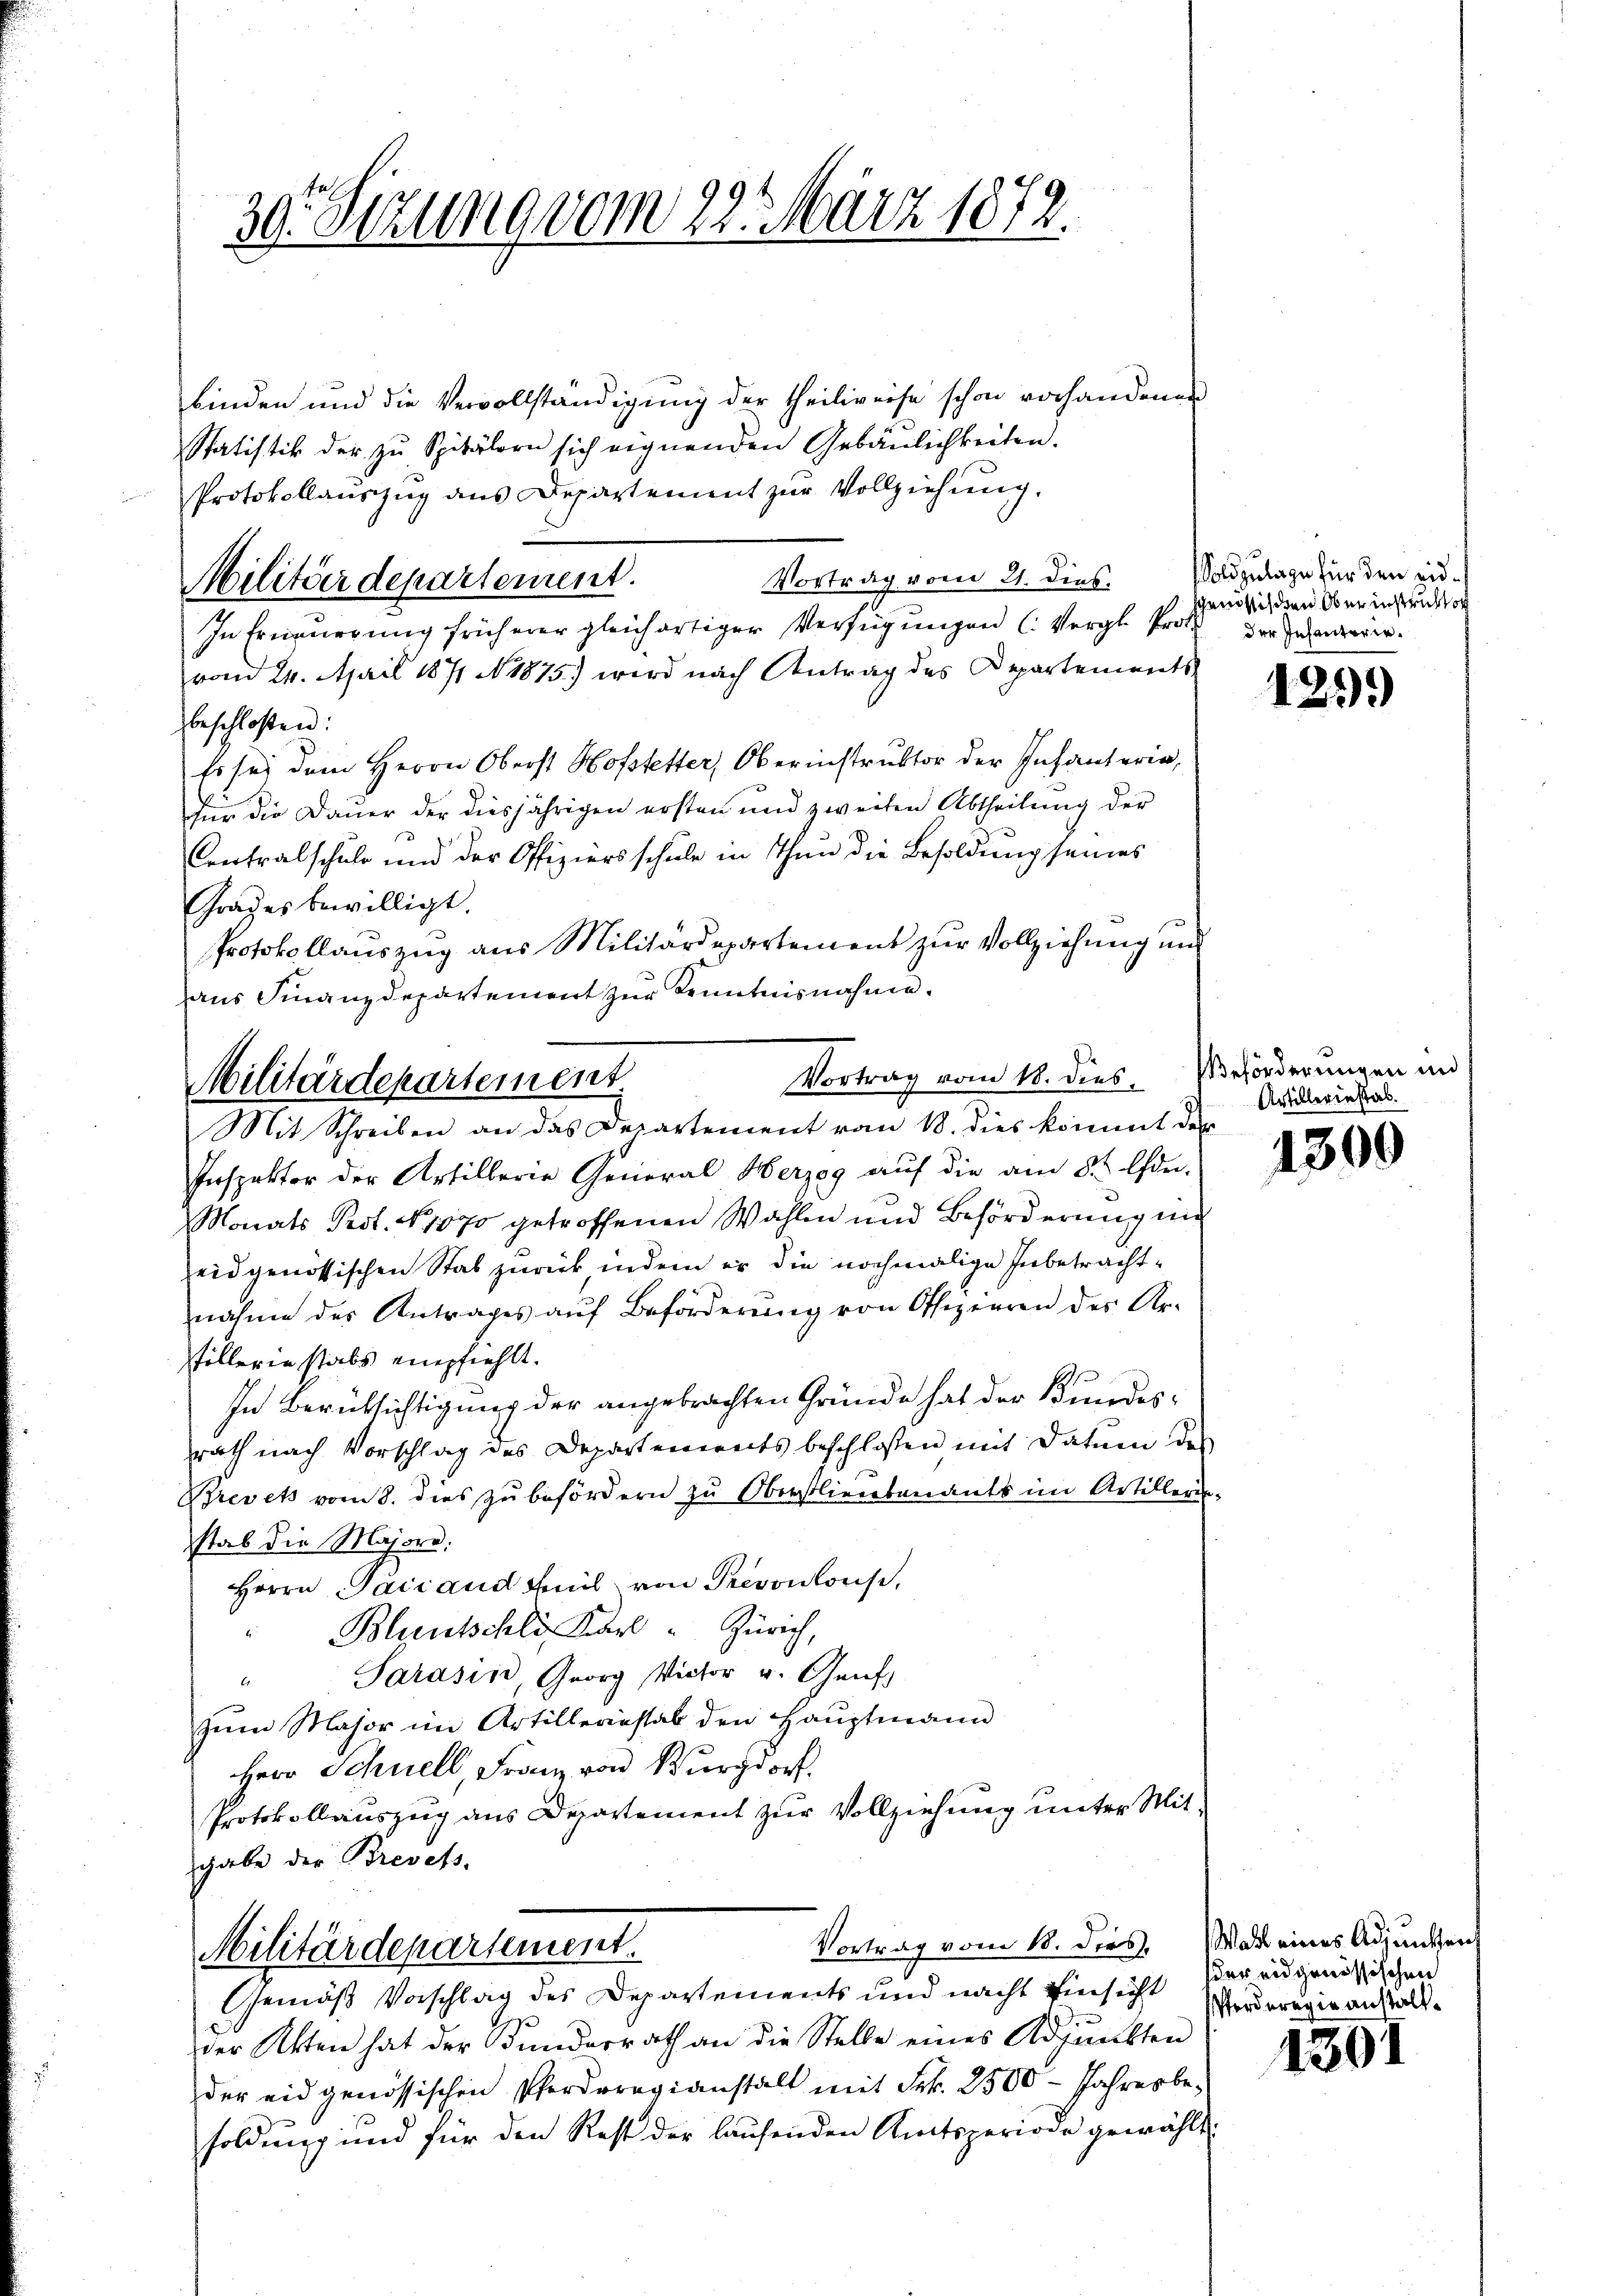
finden und die Vervollständigung der theiligerse schon vorhandenen
Statistik der zu Spitälern sich eignenden Gebäulichkeiten.
Protokollauszug aus Departement zur Vollziehung.
Vortrag vom 21. dies.
In Erneuerung früherer gleichartiger Verfügungen (Vergl. Prot. der Inhaaren.
vom 24. April 1871 No 1875) wird nach Antrag des Departements
beschloßen:
Es sei dem Herrn Oberst Hofstetter, Oberinstruktor der Infanterin,
für die Dauer der diesjährigen ersten und zweiten Abtheilung der
Certralschuld und der Offiziersschule in Thun die Besoldung seines
Grages bewilligt.
Protokollauszug aus Militärdepartement zur Vollziehung und
aus Finanzdepartement zur Kenntnisnahme.
Vortrag vom 18. dies Verforderungen in
Inspektor der Artillerie General Herzog auf die am 8ten Ehren.
Monats Pest. N. 1870 getroffenen Wahlen und Beförderung un
eidgenössischen Stab zurück indem er die nochmalige Inbetrachtnahme des Antrages auf Beförderung von Offizieren des Artillerin stabs empfiehlt.
In Berücksichtigung der angebrachten Gründe hat der Bundesrath nach Vorschlag des Departenweits beschlossen mit Datum des
Brevets vom 8. dies zu befördern zu Oberstliegebenants im Artillerin-
stab die Majore:
Herrn Paciand weil von Prevouloise,
" Bluntschli Karl " Zürich,
Sarasis, Georg Victor v. Genf,
.
zum Major im Artilleriestab den Hauptmann
Herr Schnell, Franz von Burgdorf.
Protokollauszug aus Departement zur Vollziehung unter Mitgabe der Brevets,
Vortrag vom 18. dies. Wahl eines Adjunkten
Militärdepartement.
Gemäss Vorschlag des Departements und nacht Einsicht herengenößischen
der Akten hat der Bundesrath an die Stelle eines Adjunkten
der eidgenössischen Pferdorevianstalt mit Frk. 2500 - Jahresbesoldung und für den Rest der laufenden Amtsperiode gewählt:

30. Sitzung vom 22. März 1872.

Militärdepartement.

Militärdepartement.
Mit Schreiben an das Departement vom 18. dies kommt der

Sold zulage für den eidsgenössischen Ober instruktor

Artillerinstal.

129.)

1300

1301

forderogie anstalt.